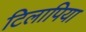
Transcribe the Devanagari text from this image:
टिलापिया